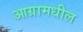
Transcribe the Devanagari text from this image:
आग्रामधील